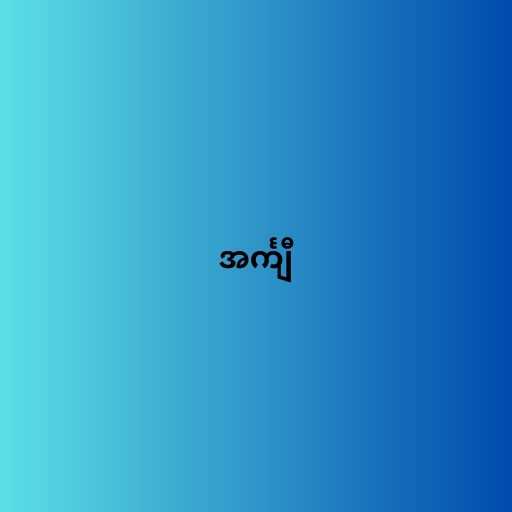
အင်္ကျီ